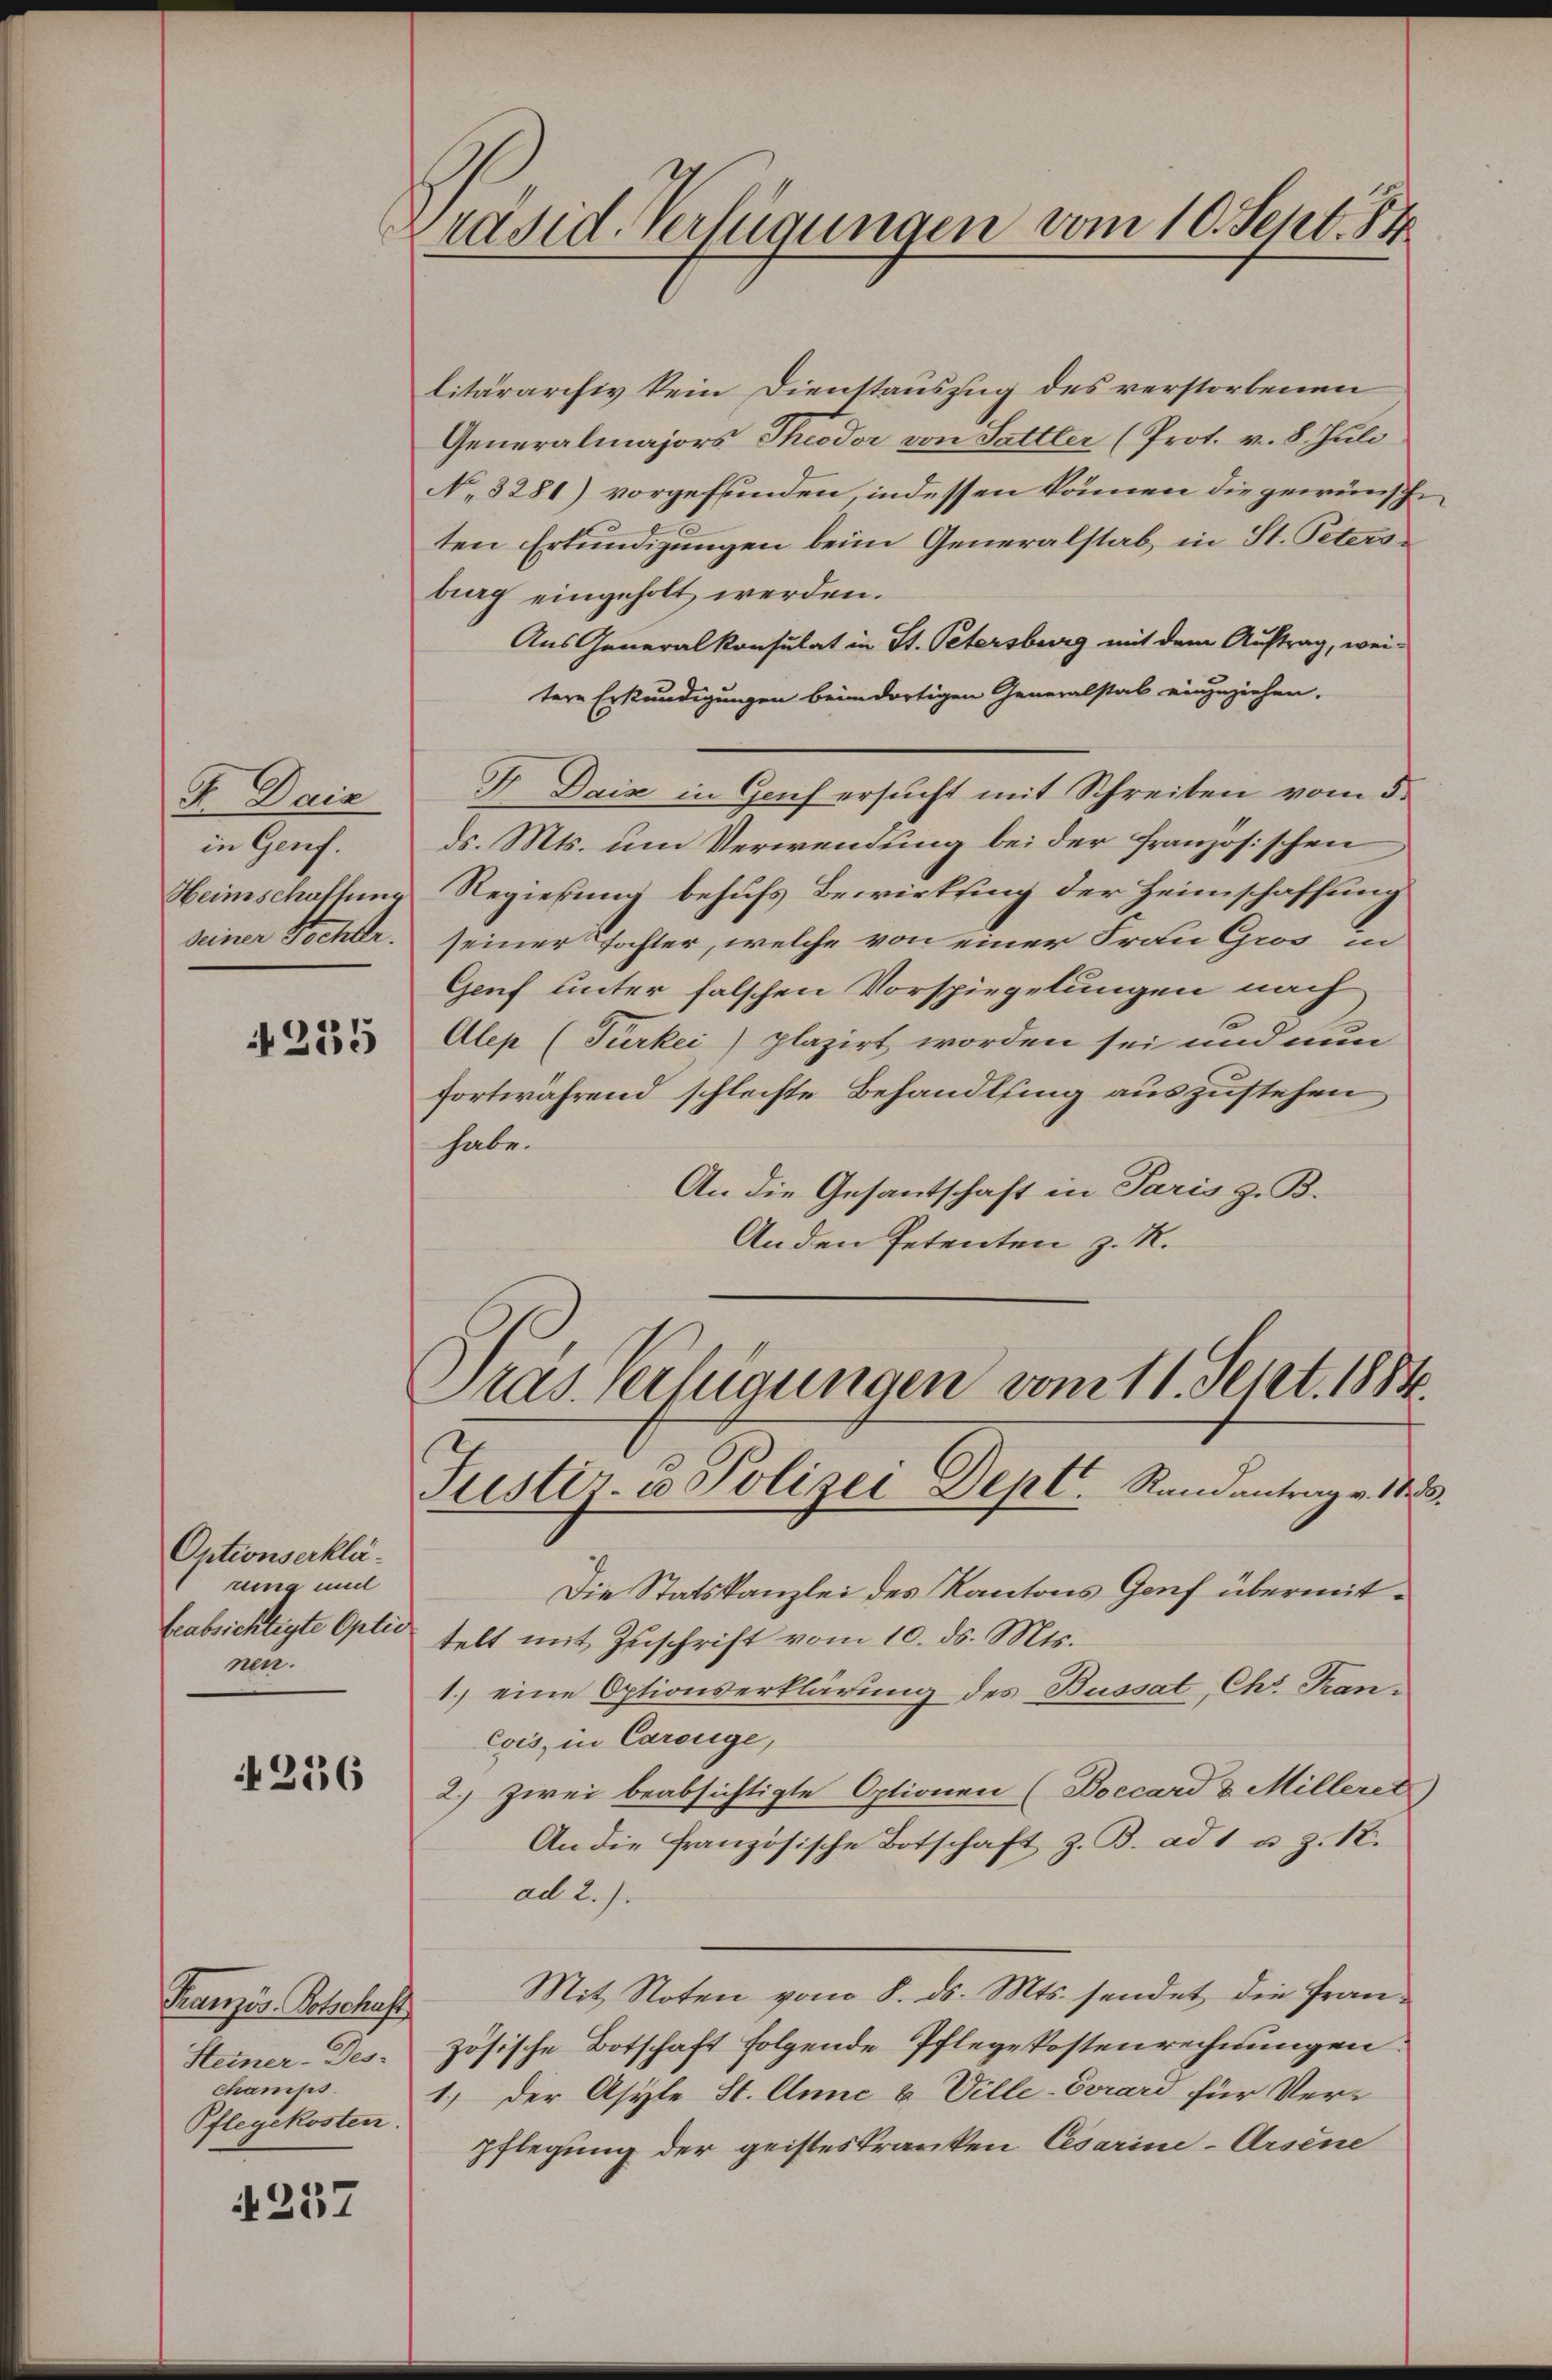
F. Daiz
in Genf.
Heimschaftung
seiner Schler.

235

Optionserklärung und
beabsichtigte Optic
nen.

256

Kranzös. Botschaft
Steiner-Des-
champs
Pflegekosten.

4257

Präsid. Verfügungen vom 10. Sept. 84

litärarchiv kein Dienstauszug des verstorbenen
Generalmajors Theodor von Sattler (Prot. v. 8. Juli
No 3281) vorgefunden, indessen können die gewünsche
ten Erkundigungen beim Generalstab in St. Petersburg eingeholt werden.
Aus Generalkonsulat in St. Petersburg mit dem Auftrag, wei-
tere Erkundigungen beim dortigen Generalstal einzuziehen.
F Daiz in Genf ersucht mit Schreiben vom 5.
ds. Mts. um Verwendung bei der französischen
Regierung behufs Bewirkung der Heimschaffung
seiner Tochter, welche von einer Frau Gros in
Genf unter falschen Vorspiegelungen nach
Alep (Turkei) plazirt worden sei und nun
fortwährend schlechte Behandlung auszustehen
habe.
An die Gesantschaft in Paris z. B.
Anden Petenten z. R.
Pras Verfügungen vom 11. Sept. 1884

Justiz- u Polizei Dept. Randantrag v. 18. 23.

Die Statskanzlei des Kantons Genf übermittelt mit Zuschrift vom 10. ds. Mts.
1.) eine Optionserklärung des Busset, Chr. Kancois, in Carouge,
2.) zwei beabsichtigte Optionen (Boccard & Milleret
An die Französische Botschaft z. B. ad 1 u. z. R.
ad 2.)
Mit Noten vom 8. ds. Mts. sendet die Französische Botschaft folgende Pflegekostenrechnungen.
1) der Asyle St. Anne & Ville-Evrard für Verpflegung der geisteskranken Cesarine-Arsene